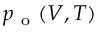
p _ { \mathrm { ~ o ~ } } ( V , T )